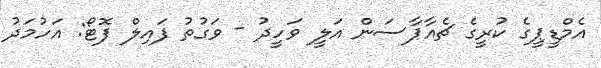
އެމްޑީޕީގެ ކުރީގެ ޗެއާޕާސަން އަލީ ވަހީދު - ވަގުތު ފައިލް ފޮޓޯ: އަހުމަދު